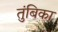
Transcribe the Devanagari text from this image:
तुंबिका